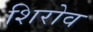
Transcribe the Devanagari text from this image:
शिरोव